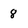
Character: 8